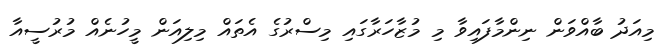
މިއަދު ބާއްވަން ނިންމާފައިވާ މި މުޒާހަރާގައި މިސްރުގެ އެތައް މިލިއަން މީހުނެއް މުރުސީއާ